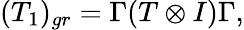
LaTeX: (T_{1})_{gr}=\Gamma(T\otimes I)\Gamma,